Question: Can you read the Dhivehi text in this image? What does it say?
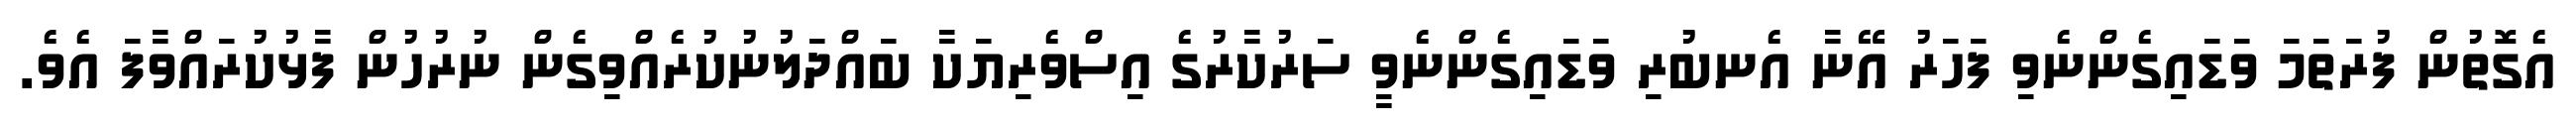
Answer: އެގޮތުން ފުރަތަމަ ވަޑައިގެންނެވި ފަހަރު އޭނާ އެނބުރި ވަޑައިގެންނެވީ ސަރުކާރުގެ އިސްވެރިޔަކާ ބައްދަލުނުކުރެއްވިގެން ނުރުހުން ފާޅުކުރައްވާފަ އެވެ.